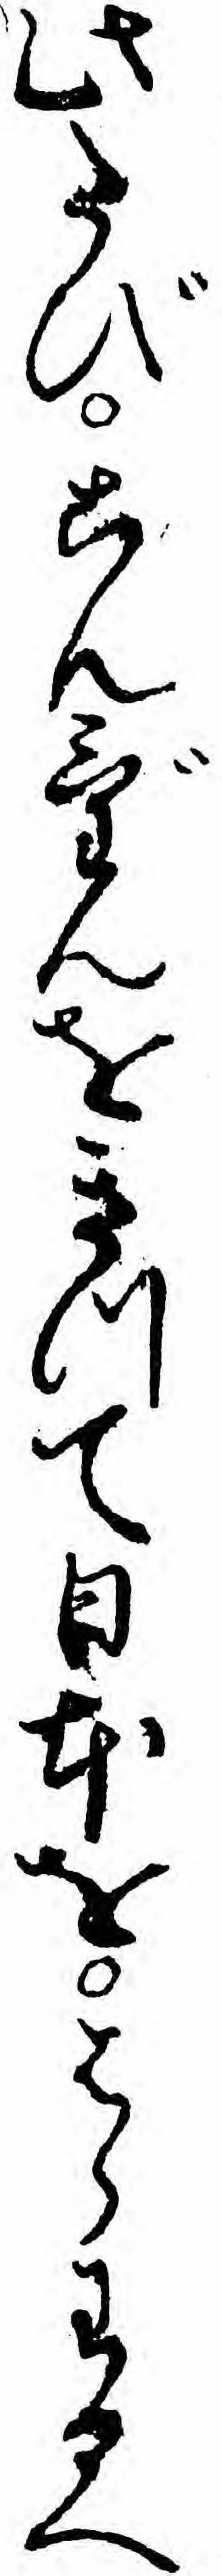
此たびこんげんをきつて日本をはらわるへ